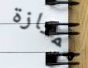
ممتازة